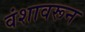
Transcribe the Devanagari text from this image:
वंशावरून